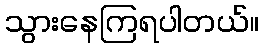
သွားနေကြရပါတယ်။